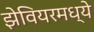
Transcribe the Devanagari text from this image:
झेवियरमध्ये